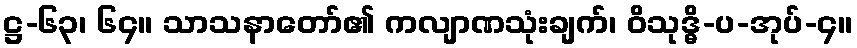
ဋ္ဌ-၆၃၊ ၆၄။ သာသနာတော်၏ ကလျာဏသုံးချက်၊ ဝိသုဒ္ဓိ-ပ-အုပ်-၄။